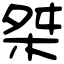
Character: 桀